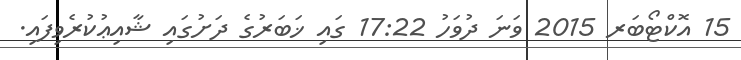
15 އޮކްޓޯބަރ 2015 ވަނަ ދުވަހު 17:22 ގައި ޚަބަރުގެ ދަށުގައި ޝާއިޢުކުރެވިފައި.